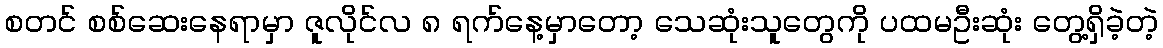
စတင် စစ်ဆေးနေရာမှာ ဇူလိုင်လ ၈ ရက်နေ့မှာတော့ သေဆုံးသူတွေကို ပထမဦးဆုံး တွေ့ရှိခဲ့တဲ့